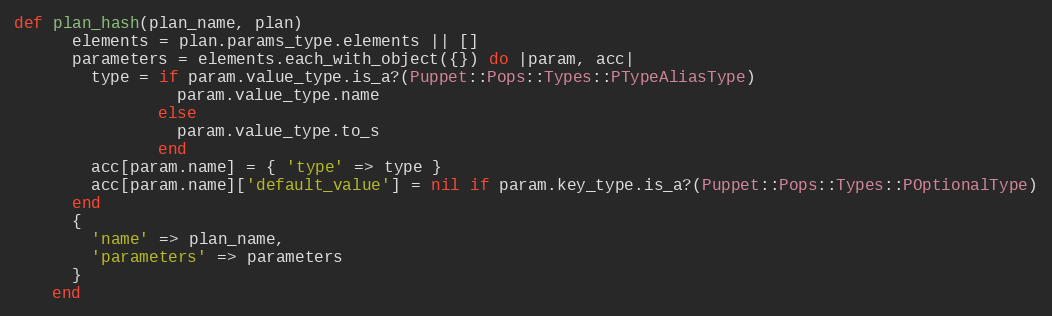
Language: Ruby
def plan_hash(plan_name, plan)
      elements = plan.params_type.elements || []
      parameters = elements.each_with_object({}) do |param, acc|
        type = if param.value_type.is_a?(Puppet::Pops::Types::PTypeAliasType)
                 param.value_type.name
               else
                 param.value_type.to_s
               end
        acc[param.name] = { 'type' => type }
        acc[param.name]['default_value'] = nil if param.key_type.is_a?(Puppet::Pops::Types::POptionalType)
      end
      {
        'name' => plan_name,
        'parameters' => parameters
      }
    end